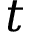
t